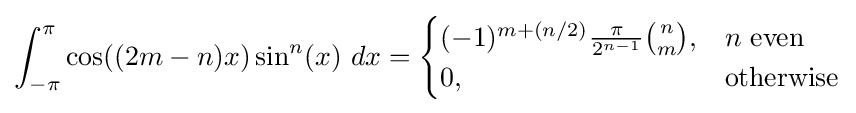
\int _{-\pi }^{\pi }\cos((2m-n)x)\sin ^{n}(x)\ dx={\begin{cases}(-1)^{m+(n/2)}{\frac {\pi }{2^{n-1}}}{\binom {n}{m}},&n{\text{ even}}\\0,&{\text{otherwise}}\end{cases}}